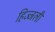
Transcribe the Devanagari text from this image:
हिज्जली